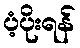
ပံ့ပိုးရန်